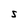
Character: S